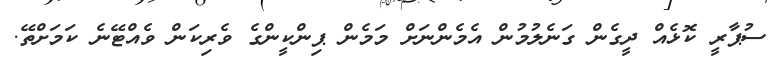
ސުޕާރީ ކޮޅެއް ދީގެން ގަނެލުމުން އެމެންނަށް މަމެން ޕިންކީންގެ ވެރިކަން ވެއްޓޭނެ ކަމަށްތޭ.